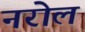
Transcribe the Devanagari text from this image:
नरोल